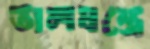
তালযন্ত্রে